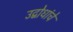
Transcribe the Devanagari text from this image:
उद्बोधांचे